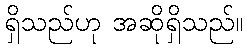
ရှိသည်ဟု အဆိုရှိသည်။